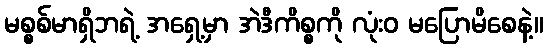
မစ္စစ်မာရှိဘရဲ့ အရှေ့မှာ အဲဒီကိစ္စကို လုံးဝ မပြောမိစေနဲ့။